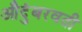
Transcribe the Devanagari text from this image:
औदुंबरवती